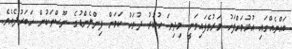
ބައްޔެއްގައި އުޅުމަށްފަހު މަރުވެފައިވަނީ މިދިޔަ ހުކުރު ދުވަހު ކަމަށް ފިންލެންޑުގެ ނޫސްތަކުން ޚަބަރުދެއެވެ.